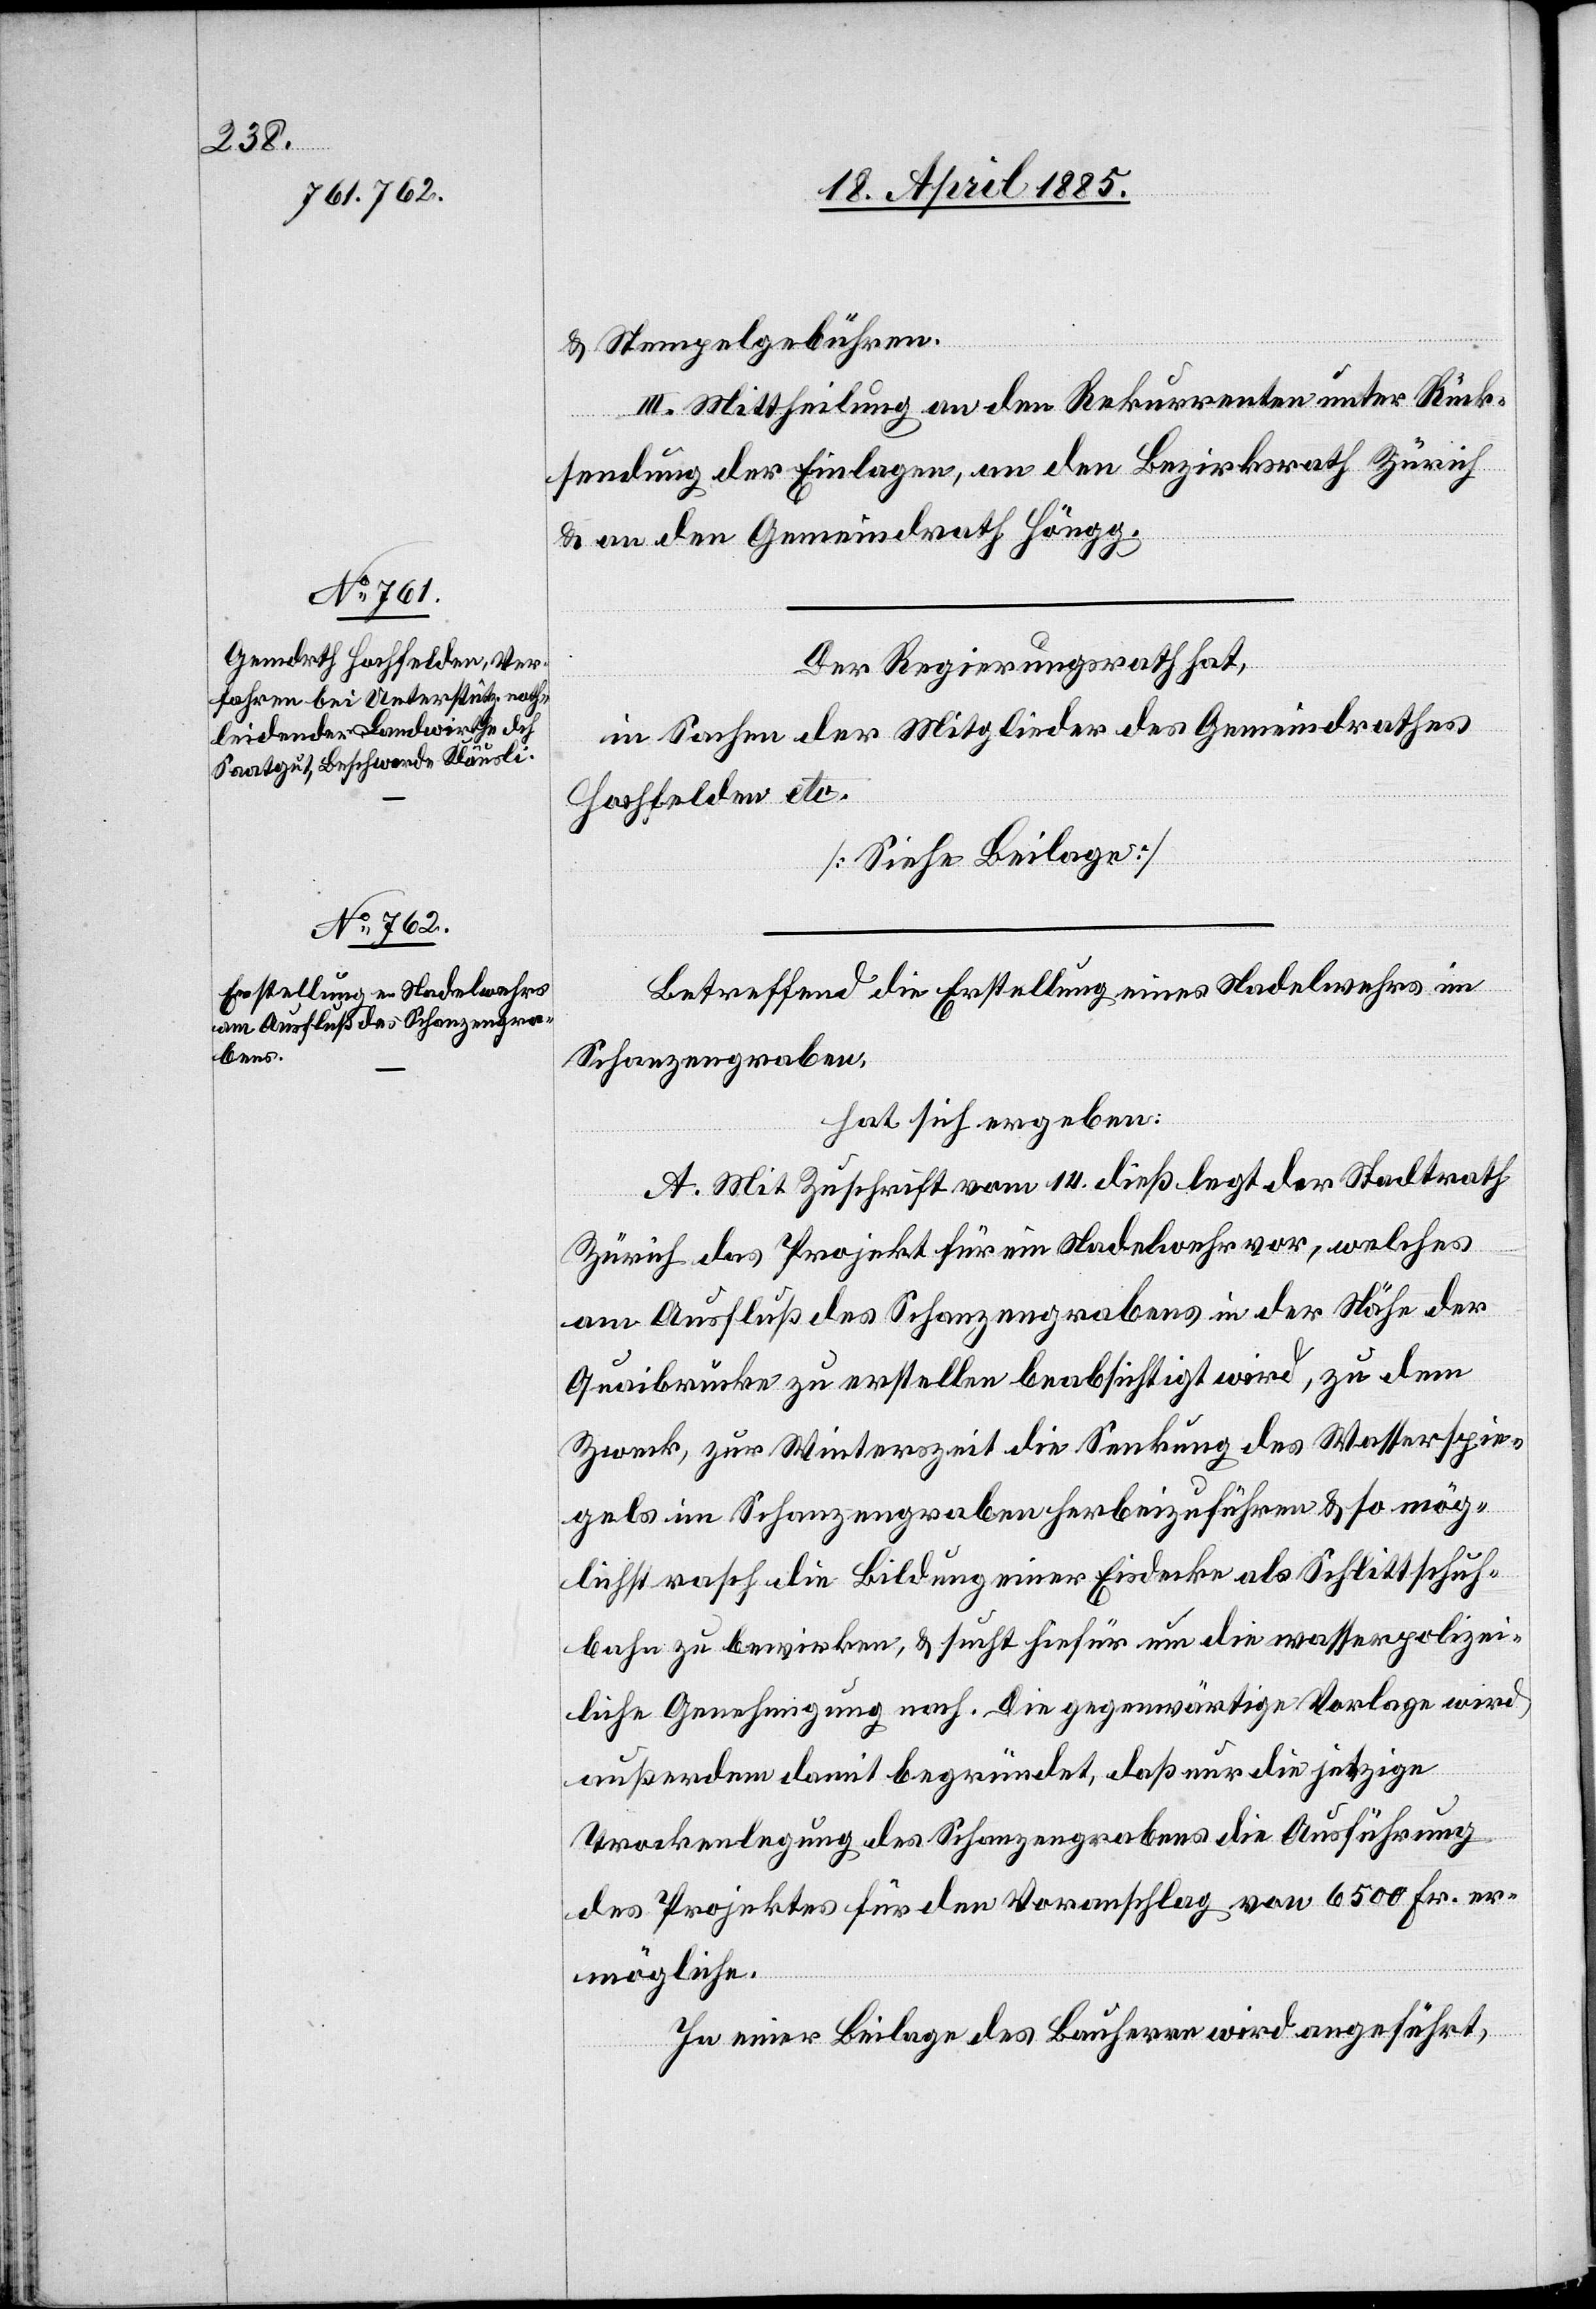
& Stempelgebühren.
III. Mittheilung an den Rekurrenten unter Rück¬
sendung der Einlagen, an den Bezirksrath Zürich
& an den Gemeindrath Höngg.
Betreffend die Erstellung eines Nadelwehres im
Schanzengraben,
hat sich ergeben:
A. Mit Zuschrift vom 14. dieß legt der Stadtrath
Zürich das Projekt für ein Nadelwehr vor, welches
am Ausfluß des Schanzengrabens in der Höhe der
Quaibrücke zu erstellen beabsichtigt wird, zu dem
Zweck, zur Winterszeit die Senkung des Wasserspie¬
gels im Schanzengraben herbeizuführen & so mög¬
lichst rasch die Bildung einer Eisdecke als Schlittschuh¬
bahn zu bewirken, & sucht hiefür um die wasserpolizei¬
liche Genehmigung nach. Die gegenwärtige Vorlage wird
außerdem damit begründet, daß nur die jetzige
Trockenlegung des Schanzengrabens die Ausführung
des Projektes für den Voranschlag von 6500 Fr. er¬
mögliche.
In einer Beilage des Bauherren wird angeführt,